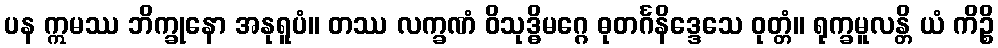
ပန ဣမဿ ဘိက္ခုနော အနုရူပံ။ တဿ လက္ခဏံ ဝိသုဒ္ဓိမဂ္ဂေ ဓုတင်္ဂနိဒ္ဒေသေ ဝုတ္တံ။ ရုက္ခမူလန္တိ ယံ ကိဉ္စိ